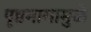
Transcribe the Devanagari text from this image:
पृष्ठभागामुळे